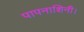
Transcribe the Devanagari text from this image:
पापनाशिनी।